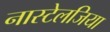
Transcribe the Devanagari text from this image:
नास्टेलजिया